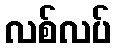
လစ်လပ်